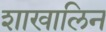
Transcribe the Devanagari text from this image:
शाखालिन